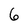
Character: 6